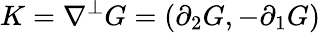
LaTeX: K=\nabla^{\bot}G=(\partial_{2}G,-\partial_{1}G)